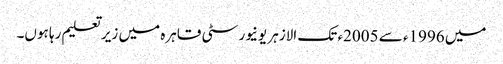
میں 1996ء سے 2005ء تک الازہر یونیورسٹی قاہرہ میں زیر تعلیم رہا ہوں۔